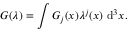
G ( \lambda ) = \int G _ { j } ( x ) \lambda ^ { j } ( x ) \, \operatorname { d } ^ { 3 } \! x .